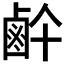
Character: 𱊶